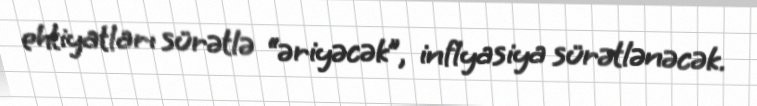
ehtiyatları sürətlə “əriyəcək”, inflyasiya sürətlənəcək.